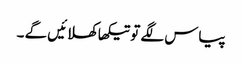
پیاس لگے تو تیکھا کھلائیں گے ۔